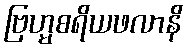
ဗြဟ္မစရိယဖလာနိ